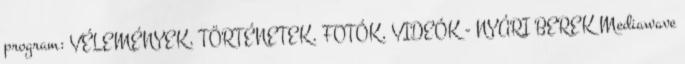
program: VÉLEMÉNYEK, TÖRTÉNETEK, FOTÓK, VIDEÓK - NYÁRI BEREK Mediawave